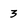
Character: 3